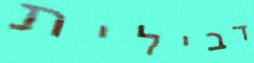
דבילית